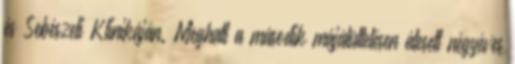
és Sebészeti Klinikáján. Meghalt a második májátültetésen átesett négyéves